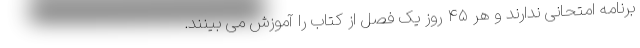
برنامه امتحانی ندارند و هر ۴۵ روز یک فصل از کتاب را آموزش می بینند.